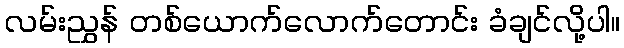
လမ်းညွှန် တစ်ယောက်လောက်တောင်း ခံချင်လို့ပါ။